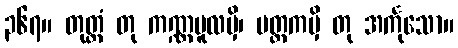
၃၆၇။ တုတ္တံ တု ကဏ္ဏမူလမှိ၊ မတ္ထကမှိ တု အင်္ကုသော။